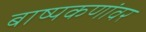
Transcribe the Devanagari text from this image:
बाष्पकणांवर